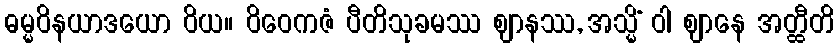
ဓမ္မဝိနယာဒယော ဝိယ။ ဝိဝေကဇံ ပီတိသုခမဿ ဈာနဿ, အသ္မိံ ဝါ ဈာနေ အတ္ထီတိ